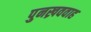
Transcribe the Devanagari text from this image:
पुनख्रववाह